Vaike-Kopu_(Puiatu)_vallavalitsus, lk 19
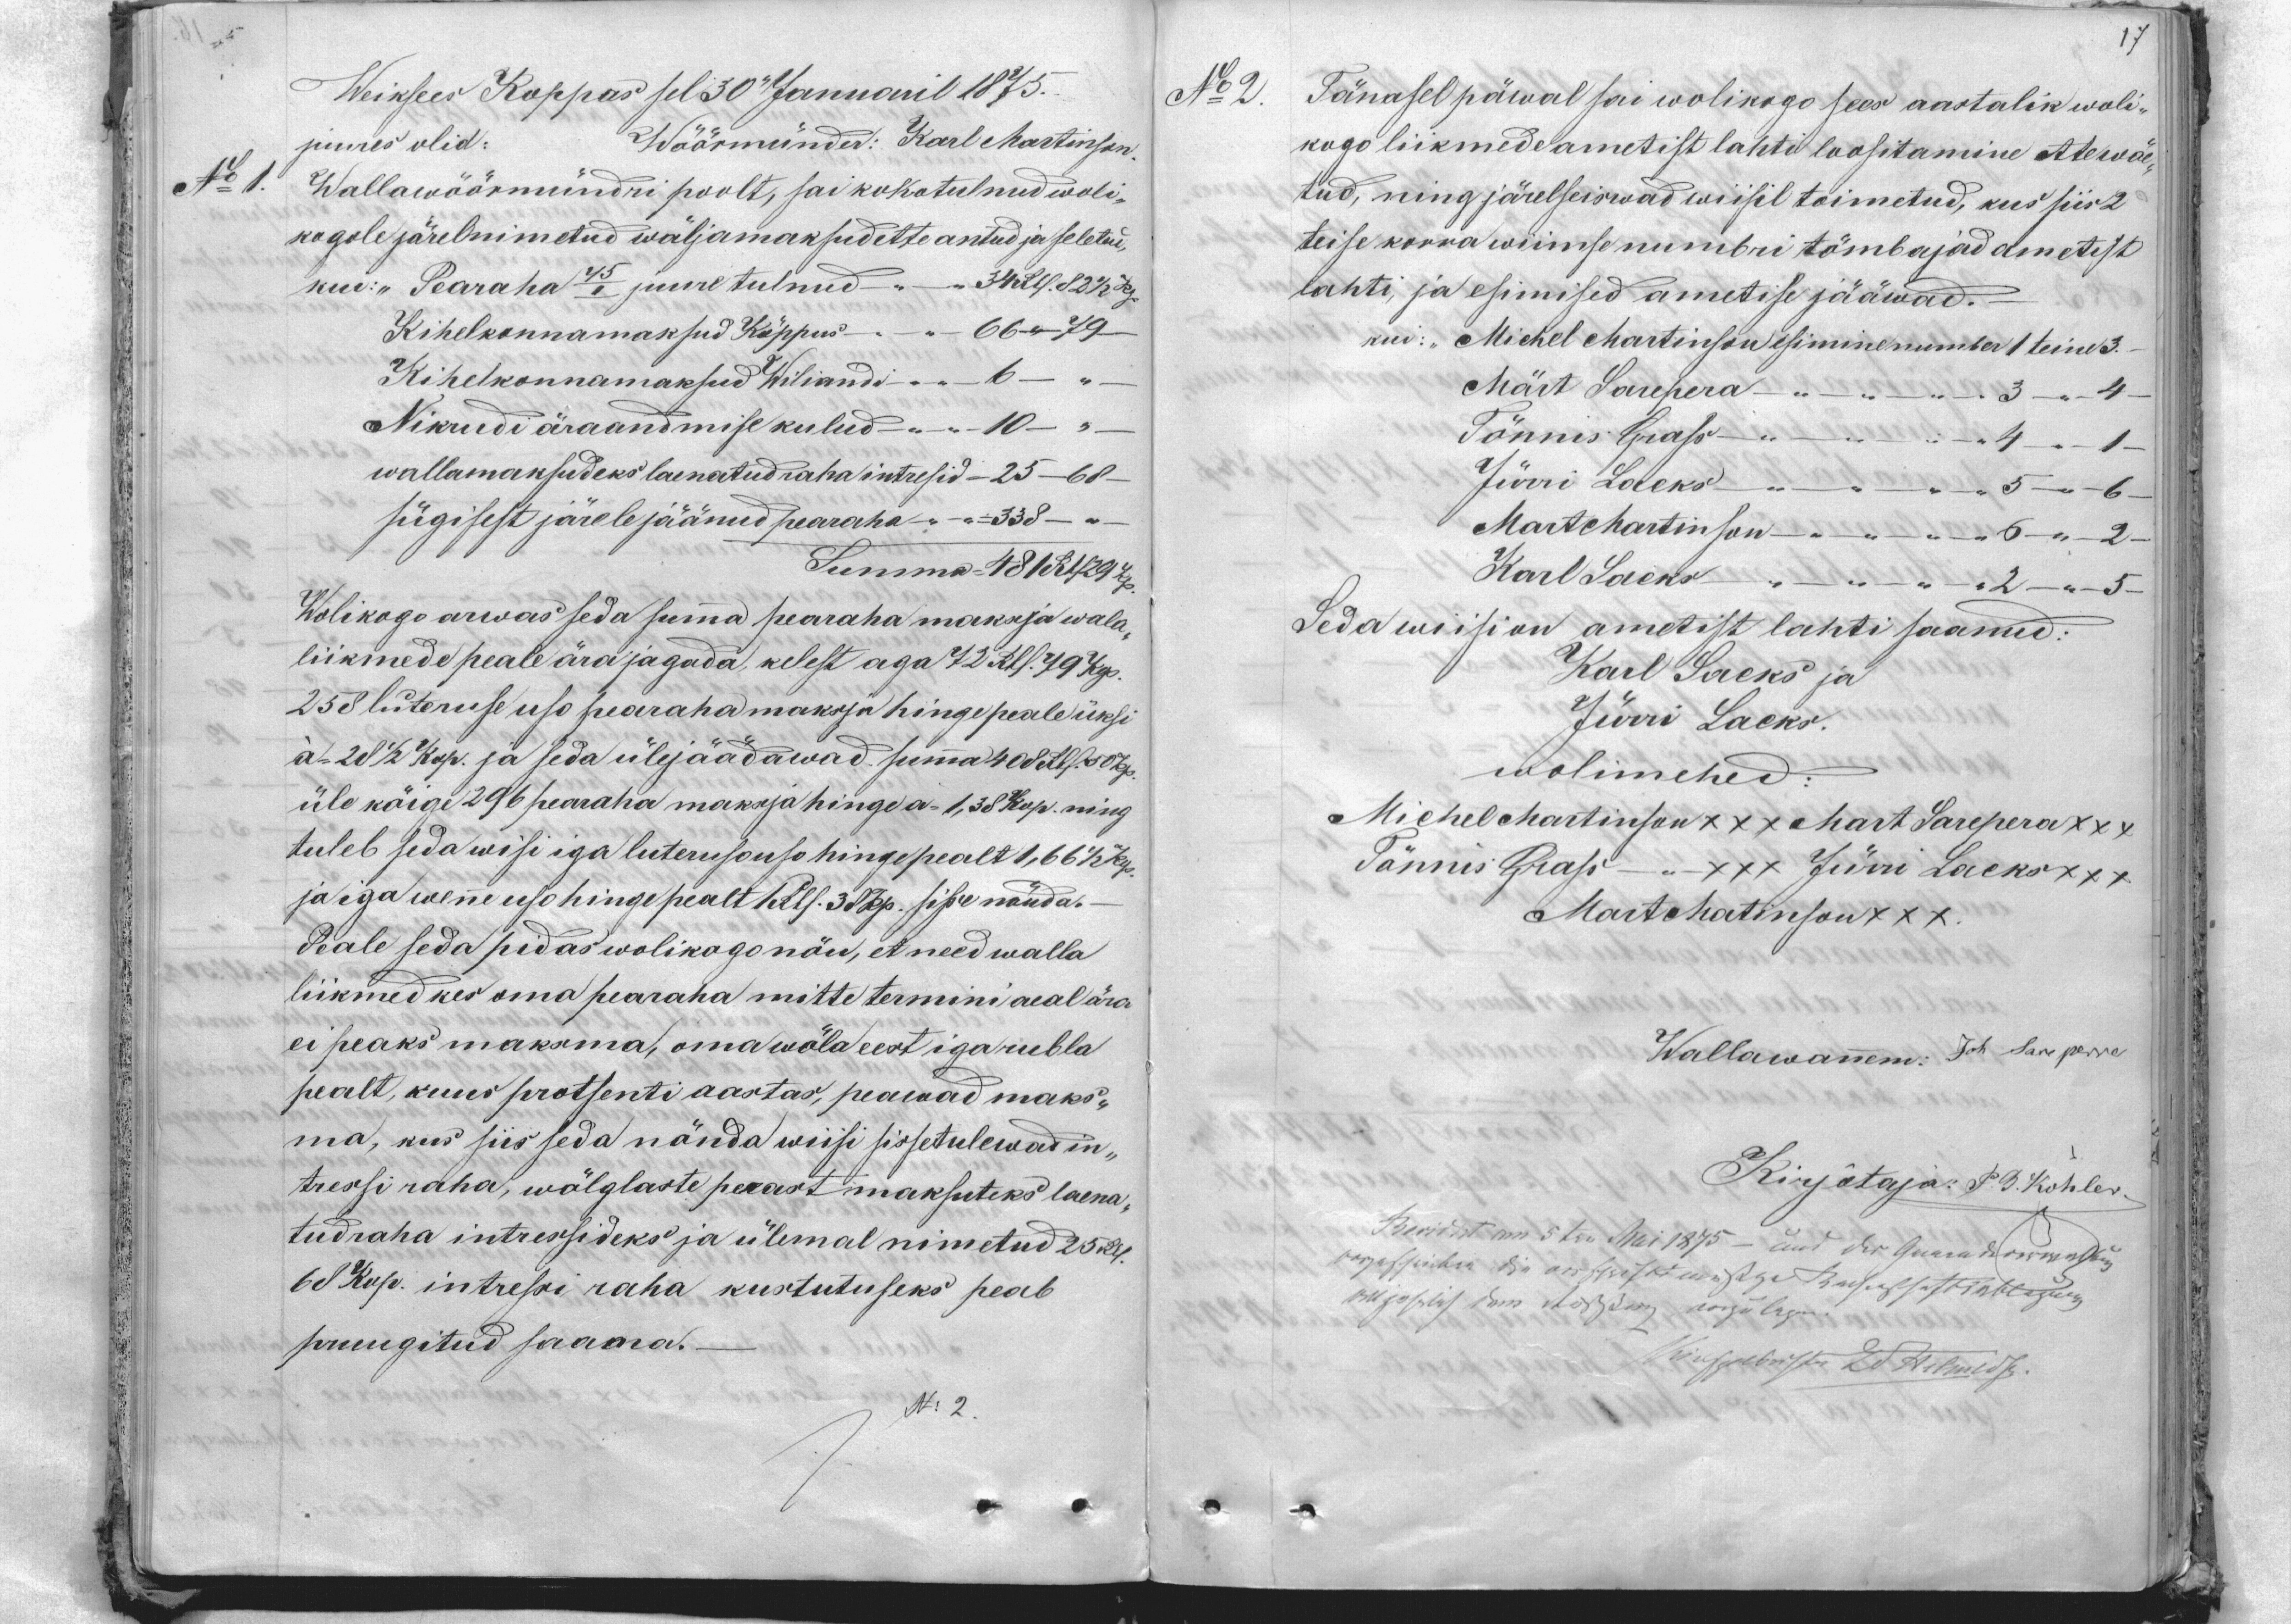
17.

Weiksees Koppas sel 30 Januaril 1875.
juures olid:
Wöörmünder: Karl Martinson
No 1.
1. Wallawöörmündri poolt, sai kokotulnud woli-
kogole järelnimetud wäljamaksud ette antud ja seletud,
kui: "Pearaha 45/I juure tulnud - - 34 Rbl. 82 1/2 k.
Kihelkonnamaksud Köppus - 66 -- 79
Kihelkonnamaksud Wiliandi - 6 - "
Nikrudi äraandmise kulud -- 10 --
wallamaksudeks laenatud raha intresid - 25 - 68-
sügisest järele jäänud pearaha - - 338 -
Summa 481 Rbl 29 kop
Wolikogo arwas seda summa pearaha maksja wala
liikmede peale ära jagada, kelest aga 72 Rbl. 79 kop.
258 luteruse uso pearaha maksja hingepeale üksi
a=28 1/2 kop. ja seda ülejäädawad summa 408 Rbl. 50 kop.
üle kõige 296 pearaha maksja hinge a = 1,38 kop. ning
tuleb seda wisi iga luteruso uso hinge pealt 1,66 1/2 kop.
ja iga wenne uso hinge pealt 1 Rbl. 38 kop. sisse nöuda.-
Peale seda pidas wolikogu nöu, et need walla
liikmed kes oma pearaha mitte termini aeal ära
ei peaks maksma, oma wöla eest iga rubla
pealt, kuus protsenti aastas, peawad maks-
ma, kus siis seda nönda wiisi sissetulewad in
tressi raha, wölglaste perast maksuteks laena-
tudraha intressideks ja ülemal nimetud 25 Rbl
68 Kop. intressi raha kustutusseks peab
pruugitud saama.
N: 2.

No 2
Tänasel päwal sai wolikogo sees aastalik woli-
kogo liikmede ametist lahti loositamine ette wöe
tud, ning järelseiswad wiisil toimetud, kus siis 2
teise korra wiimse numbri tömbajad ametist
lahti, ja esimised ametise jääwad.
kui: "Michel Martinson esimine number 1 teine 3-
Märt Sarepera 3 - 4
Tönnis Grass- " 4 - 1
Jürri Lacks 5 - 6
Mart Martinson " 6 "  2 -
Karl Lacks " 2 - 3
Seda wiisi on ametist lahti saanud:
Karl Lacks ja
Jürri Lacks.
Wolimehed:
Michel Martinson x x x Mart Sarepera xxx
Tönnis Grass - xxx Jürri Lacks XXX
Mart Martinson XXX.
Wallawanem: Joh Sareperre
Kirjotaja: P. B. Köhler
korjeksioha ära on seisest miskiga Kaeguks et Kohtogu
Revidest on 5 tru Mai 1875 - dus der Guurahommatud
(пуоз-ду хия волуянъ ъigulagu.
Kirjuhärstu 25 Helmets.